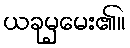
ယခုမှမေး၏။